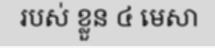
របស់ ខ្លួន ៤ មេសា